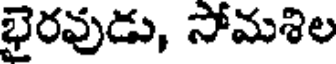
భైరవుడు, సోమశిల